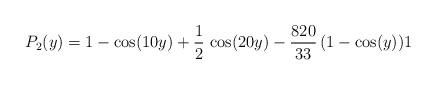
LaTeX: \begin{align*} P_2(y) = 1 - \cos(10y) + \frac{1}{2} \,\cos(20y) - \frac{820}{33} \,(1-\cos(y)) 1 \end{align*}